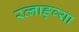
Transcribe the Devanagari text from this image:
रत्नाङ्ग्या